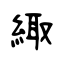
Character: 緅